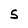
Character: 5